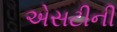
એસટીની